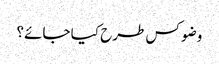
وضو کس طرح کیا جائے؟